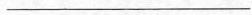
___